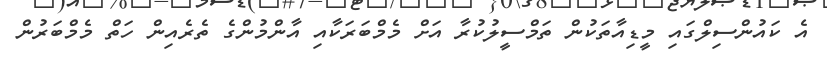
އެ ކައުންސިލްގައި މީޑިއާތަކުން ތަމްސީލުކުރާ އަށް މެމްބަރަކާއި އާންމުންގެ ތެރެއިން ހަތް މެމްބަރުން